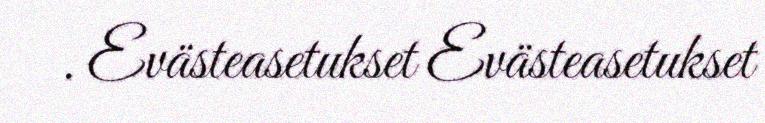
. Evästeasetukset Evästeasetukset